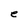
Character: e